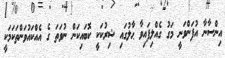
އިންސާނާ އުފަންވަނީ މަގު ގެއްލިފައިވާ ޙާލުގައި ޝިރުކަކީ ކޮބައިކަން ނުވަތަ ގެ އެއްކައުވަންތަކަމަކީ